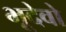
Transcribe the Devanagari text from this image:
भूदेवो